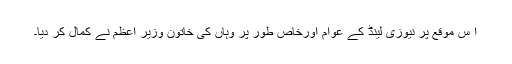
ا س موقع پر نیوزی لینڈ کے عوام اورخاص طور پر وہاں کی خاتون وزیر اعظم نے کمال کر دیا۔